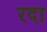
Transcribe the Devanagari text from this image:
रदा